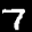
Label: 7